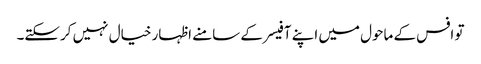
تو افس کے ماحول میں اپنے آفیسر کے سامنے اظہار خیال نہیں کرسکتے۔